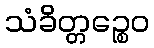
သံခိတ္တဉ္စေဝ